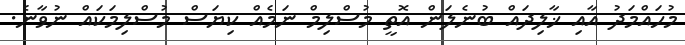
މުހައްމަދު އާއި ޚާލިދައް ބުނެލަން އޮތީ މުސްލިމް ނަމެއް ކިޔަސް މުސްލިމަކައް ނުވާނެ.